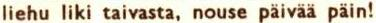
liehu liki taivasta, nouse päivää päin!